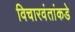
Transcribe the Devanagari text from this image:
विचारवंतांकडे